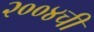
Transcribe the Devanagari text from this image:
२००४ची